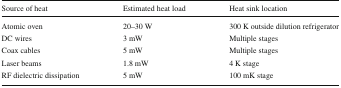
<table><thead><tr><td><b>Source of heat</b></td><td><b>Estimated heat load</b></td><td><b>Heat sink location</b></td></tr></thead><tbody><tr><td>Atomic oven</td><td>20–30 W</td><td>300 K outside dilution refrigerator</td></tr><tr><td>DC wires</td><td>3 mW</td><td>Multiple stages</td></tr><tr><td>Coax cables</td><td>5 mW</td><td>Multiple stages</td></tr><tr><td>Laser beams</td><td>1.8 mW</td><td>4 K stage</td></tr><tr><td>RF dielectric dissipation</td><td>5 mW</td><td>100 mK stage</td></tr></tbody></table>